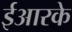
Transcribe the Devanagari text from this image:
ईआरके